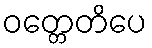
ဝတ္တေတိပေ